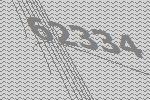
62334